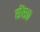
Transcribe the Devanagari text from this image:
सेंस०